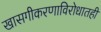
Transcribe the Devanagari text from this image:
खासगीकरणाविरोधातही